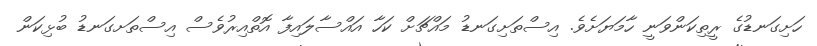
ހަށިގަނޑުގެ ރީތިކަންވަނީ ހާމަޔަށެވެ. އިސްތަށިގަނޑު މައްޗަށް ކަހާ އައްސާލައިފާ އޮތްއިރުވެސް އިސްތަށގަނޑު ބުޅިކަން